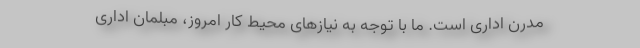
مدرن اداری است. ما با توجه به نیازهای محیط کار امروز، مبلمان اداری